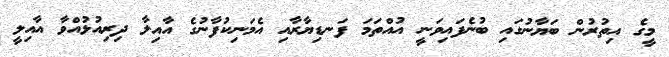
މީގެ އިތުރުން ބަޔާނުގައި ބުނެފައިވަނީ އުއްތަމަ ފަނޑިޔާރާއި އެމަނިކުފާނުގެ އާއިލާ ދިރިއުޅުއްވާ އާއިލީ